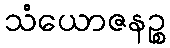
သံယောဇနဉ္စ